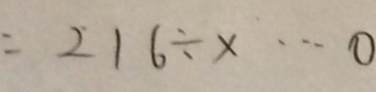
= 2 1 6 \div x \cdots 0